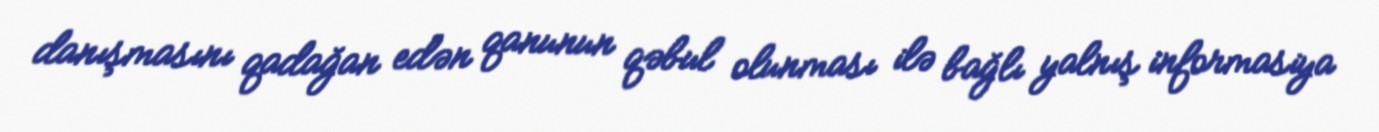
danışmasını qadağan edən qanunun qəbul olunması ilə bağlı yalnış informasiya